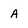
Character: A